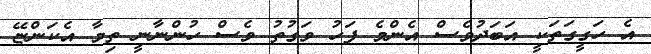
އެ ހަގީގަތަކީ އަބަދުވެސް އެންމެ ފަހު ވަގުތު ވެސް ހުންނާނީ ތިމާ އެކަންޏޭ